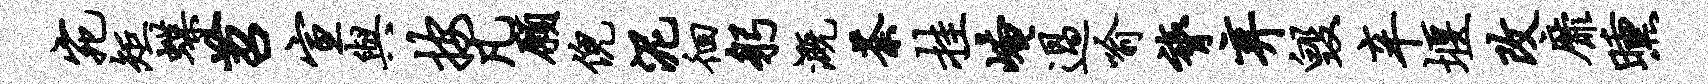
宛矩蝶苕宣与按凡愿倪泥徊躬溉荼挂崦过喻膂弃毁辛堰改靡曛